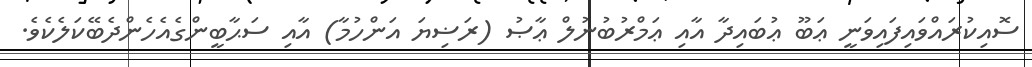
ސޮއިކުރައްވައިފައިވަނީ ޢަބޫ ޢުބައިދާ އާއި ޢަމްރުބުނުލް ޢާޞު (ރަޟިޔަ އަންހުމާ) އާއި ސަޙާބީންގެއެހެންދެބޭކަލެކެވެ.